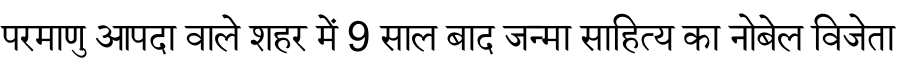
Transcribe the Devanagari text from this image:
परमाणु आपदा वाले शहर में 9 साल बाद जन्मा साहित्य का नोबेल विजेता